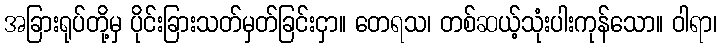
အခြားရုပ်တို့မှ ပိုင်းခြားသတ်မှတ်ခြင်းငှာ။ တေရသ၊ တစ်ဆယ့်သုံးပါးကုန်သော။ ဝါရာ၊